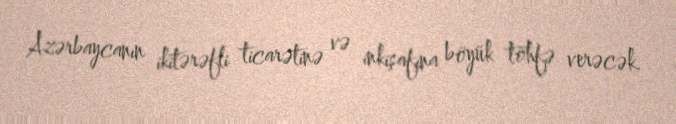
Azərbaycanın ikitərəfli ticarətinə və inkişafına böyük töhfə verəcək.